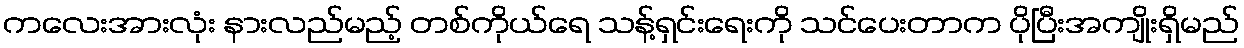
ကလေးအားလုံး နားလည်မည့် တစ်ကိုယ်ရေ သန့်ရှင်းရေးကို သင်ပေးတာက ပိုပြီးအကျိုးရှိမည်